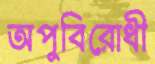
অপুবিরোধী